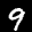
Label: 9